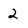
Character: 2